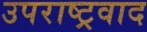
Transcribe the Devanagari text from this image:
उपराष्ट्रवाद